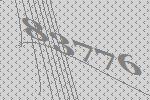
83776